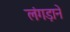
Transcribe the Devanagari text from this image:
लंगड़ाने